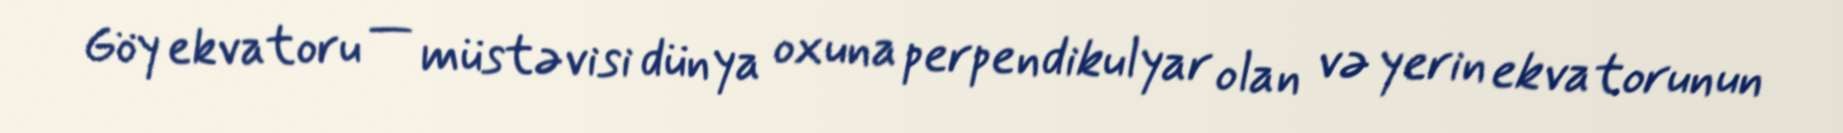
Göy ekvatoru — müstəvisi dünya oxuna perpendikulyar olan və yerin ekvatorunun